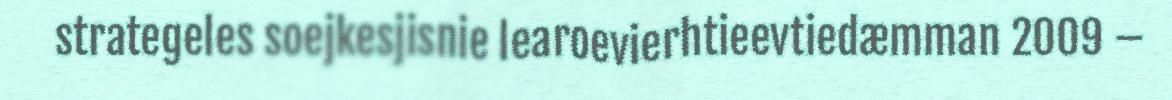
strategeles soejkesjisnie learoevierhtieevtiedæmman 2009 –